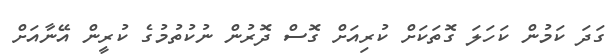
ގަދަ ކަމުން ކަހަލަ ގޮތަކަށް ކުރިއަށް ގޮސް ދޮރުން ނުކުތުމުގެ ކުރީން އޭނާއަށް